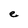
Character: e